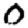
Digit: 0